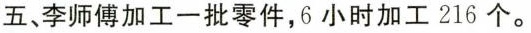
五、李师傅加工一批零件，6小时加工216个。